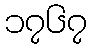
၁၇၆၇